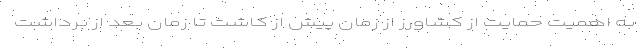
به اهمیت حمایت از کشاورز از زمان پیش از کاشت تا زمان بعد از برداشت